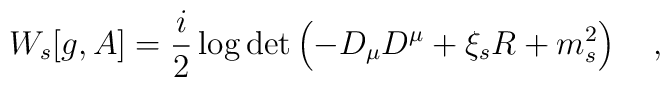
W_s[g,A]=\frac i2 \log \det \left(-D_\mu D^\mu+\xi_s R+m_s^2\right)~~~,